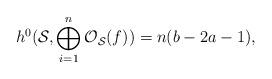
LaTeX: \begin{align*}h^{0} ({\cal S}, \bigoplus_{i=1}^{n}{\cal O}_{\cal S}(f))= n(b-2a-1),\end{align*}